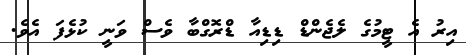
އިރު އެ ޓީމުގެ ލެޖެންޑް ޑިޑިއާ ޑްރޮގްބާ ވެސް ވަނީ ކުޅެފަ އެވެ.